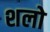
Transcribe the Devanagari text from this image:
शलो